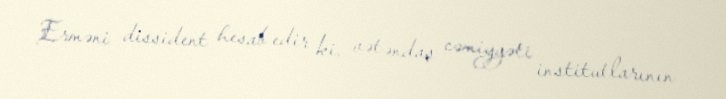
Erməni dissident hesab edir ki, vətəndaş cəmiyyəti institutlarının